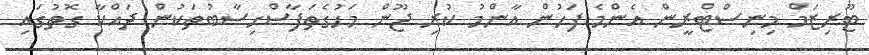
ޓޫރިޒަމް މިނިސްޓްރީން އެންމެ ފަހުން އާންމު ކުރި ޖޫން މަހުގެތަފާސްހިސާބުތަކުން ދައްކާ ގޮތުގައި